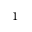
{ } ^ { 1 }